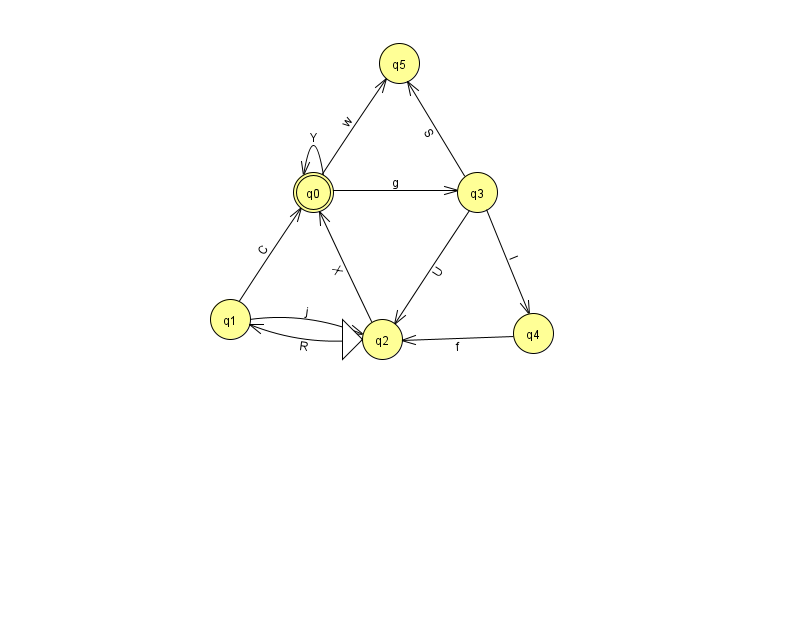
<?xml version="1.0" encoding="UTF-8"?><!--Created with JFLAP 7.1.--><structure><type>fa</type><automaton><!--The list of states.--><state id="0" name="q0"><x>313.0</x><y>179.0</y><final/></state><state id="1" name="q1"><x>230.0</x><y>306.0</y></state><state id="2" name="q2"><x>382.0</x><y>326.0</y><initial/></state><state id="3" name="q3"><x>477.0</x><y>179.0</y></state><state id="4" name="q4"><x>533.0</x><y>320.0</y></state><state id="5" name="q5"><x>399.0</x><y>50.0</y></state><!--The list of transitions.--><transition><from>1</from><to>0</to><read>C</read></transition><transition><from>2</from><to>1</to><read>R</read></transition><transition><from>3</from><to>2</to><read>U</read></transition><transition><from>0</from><to>3</to><read>g</read></transition><transition><from>3</from><to>4</to><read>I</read></transition><transition><from>1</from><to>2</to><read>j</read></transition><transition><from>0</from><to>0</to><read>Y</read></transition><transition><from>2</from><to>0</to><read>X</read></transition><transition><from>0</from><to>5</to><read>w</read></transition><transition><from>3</from><to>5</to><read>S</read></transition><transition><from>4</from><to>2</to><read>f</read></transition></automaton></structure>